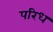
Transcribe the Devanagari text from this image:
परिध